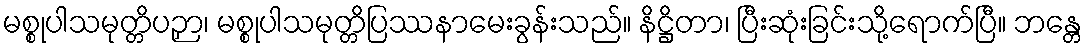
မစ္စုပါသမုတ္တိပဉှာ၊ မစ္စုပါသမုတ္တိပြဿနာမေးခွန်းသည်။ နိဋ္ဌိတာ၊ ပြီးဆုံးခြင်းသို့ရောက်ပြီ။ ဘန္တေ